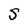
Character: S